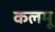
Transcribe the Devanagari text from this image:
कलमू